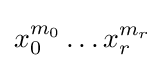
x_{0}^{m_{0}}\dots x_{r}^{m_{r}}